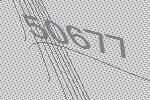
50677